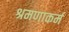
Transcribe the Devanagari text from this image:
श्रमणाकर्म